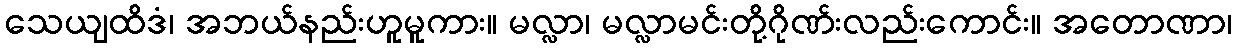
သေယျထိဒံ၊ အဘယ်နည်းဟူမူကား။ မလ္လာ၊ မလ္လာမင်းတို့ဂိုဏ်းလည်းကောင်း။ အတောဏာ၊